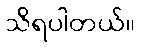
သိရပါတယ်။